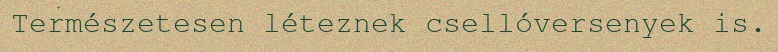
Természetesen léteznek csellóversenyek is.